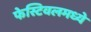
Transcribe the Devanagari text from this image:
फेस्टिवलमध्ये